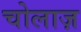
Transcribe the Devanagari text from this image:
चोलाज़